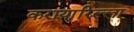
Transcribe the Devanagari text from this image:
करायारिल्ला